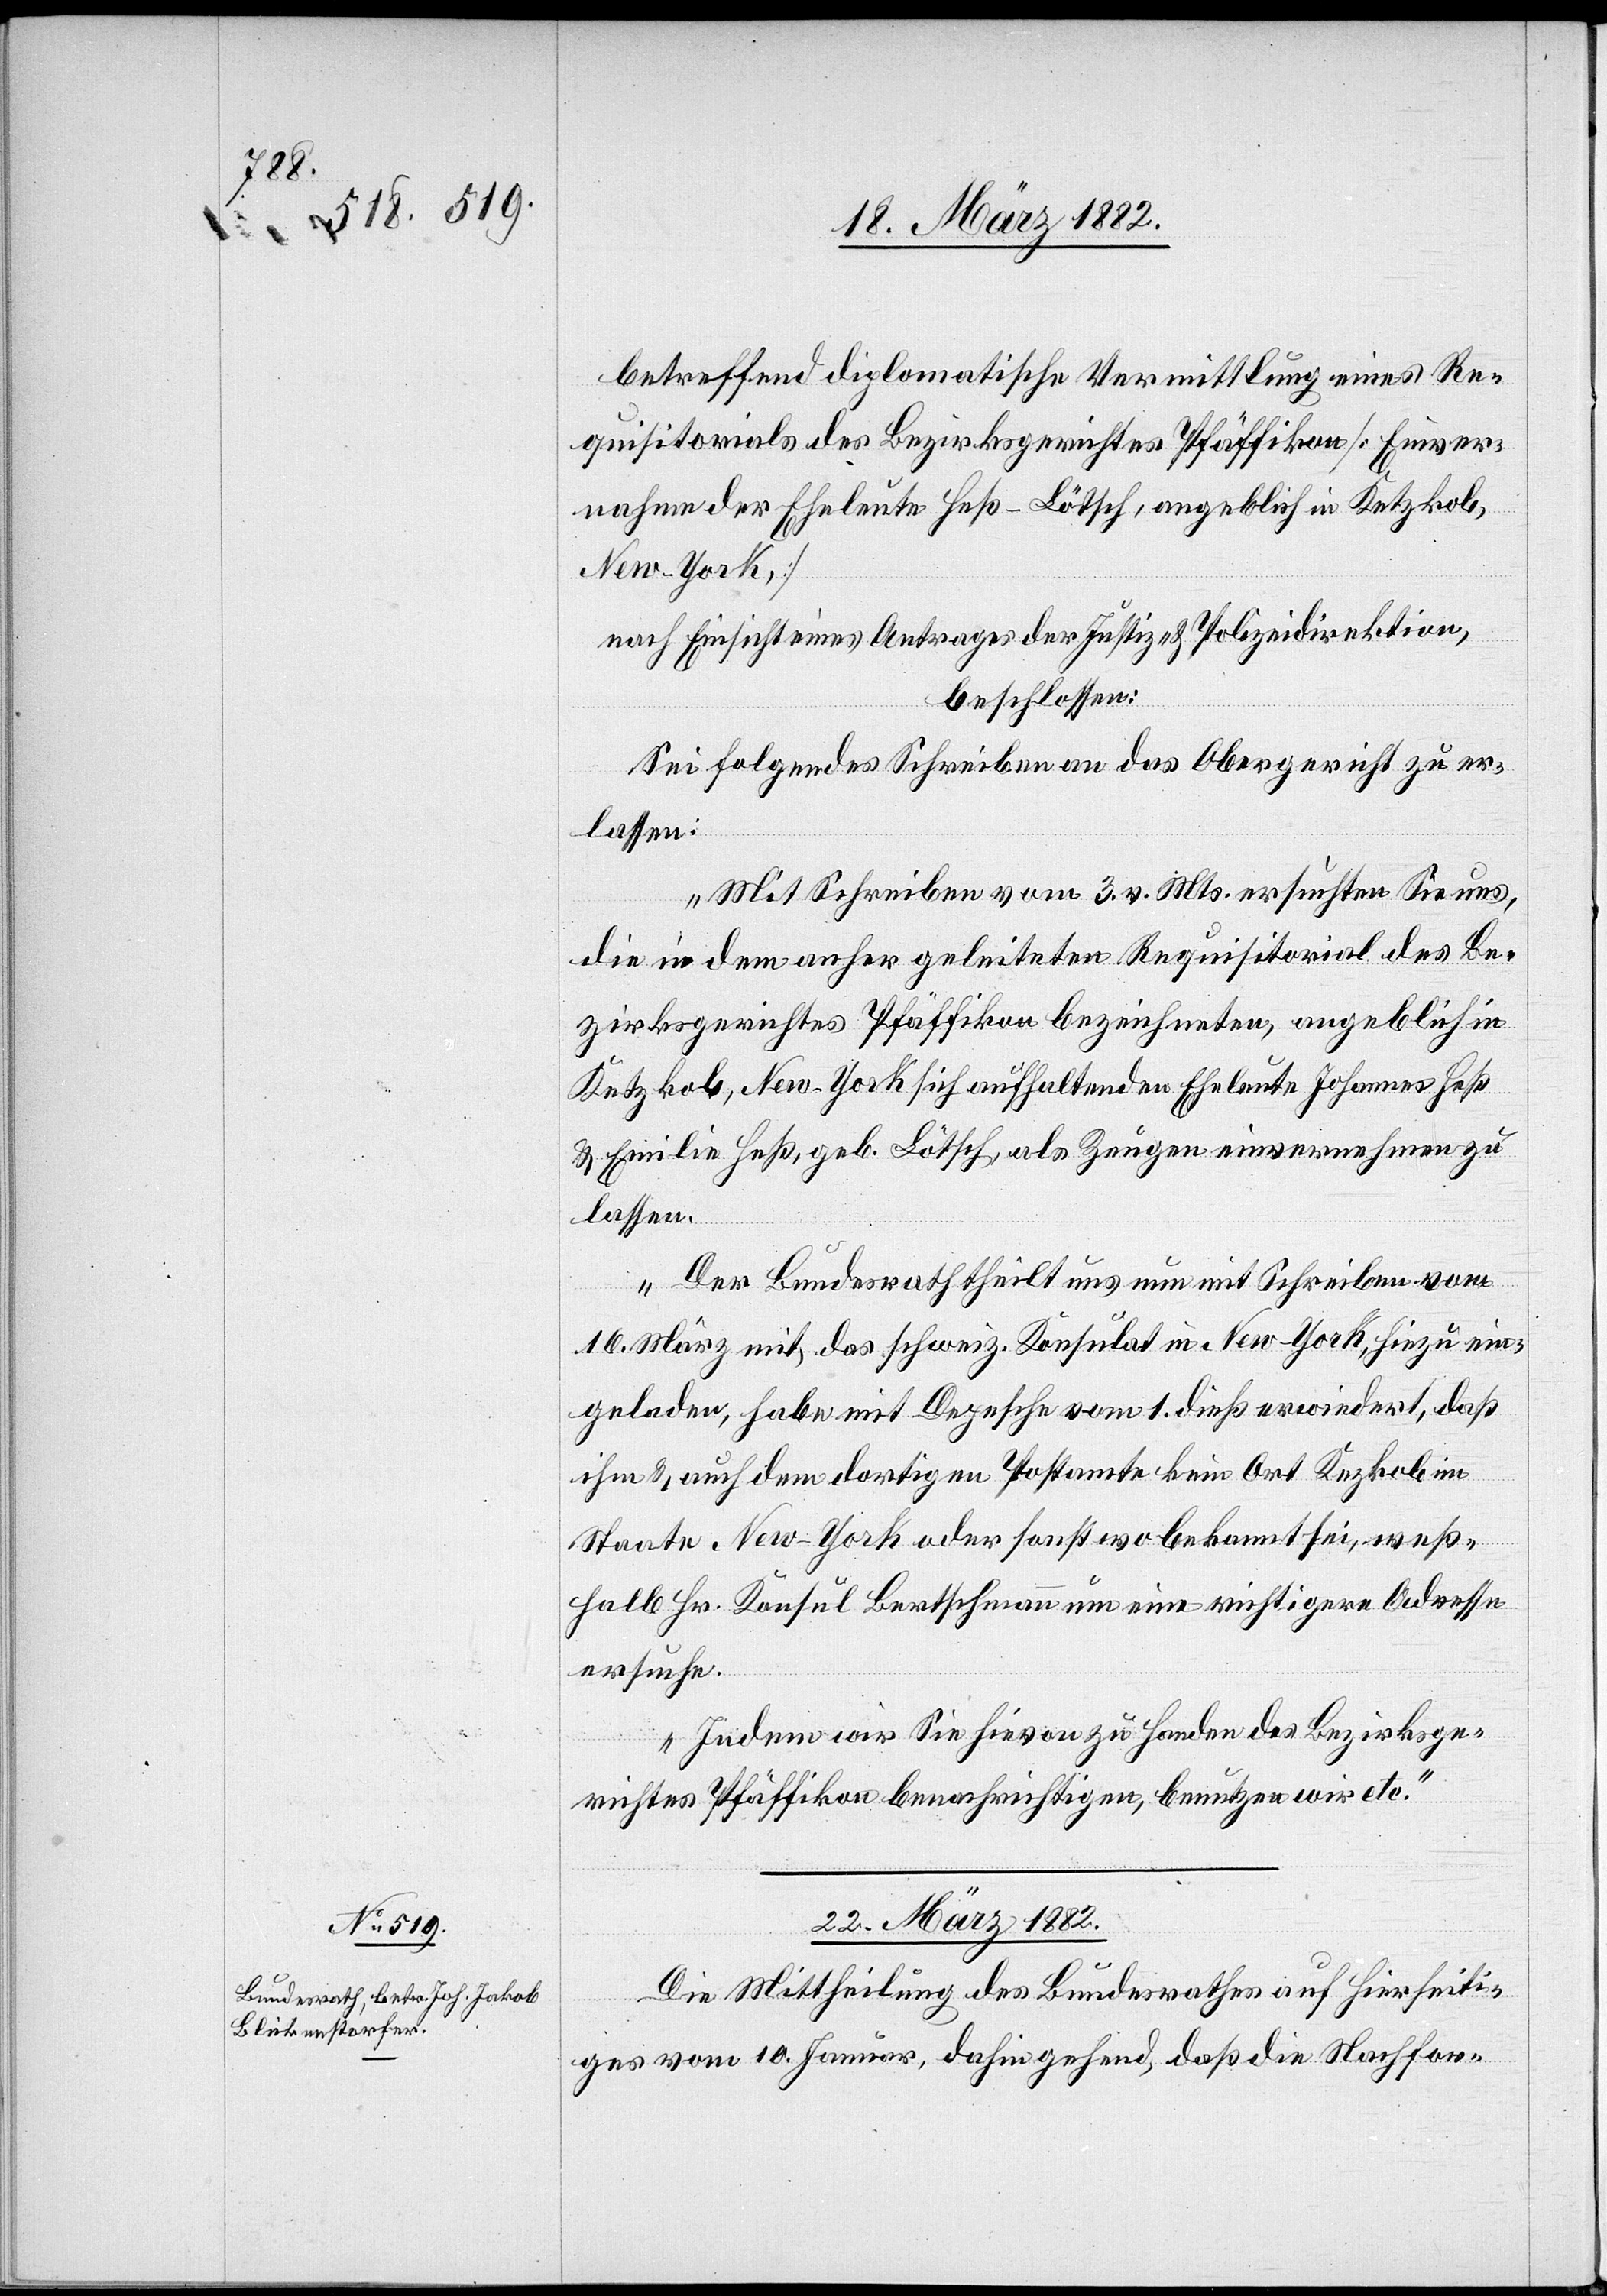
betreffend diplomatische Vermittlung eines Re¬
quisitorials des Bezirksgerichtes Pfäffikon [Einver¬
nahme der Eheleute Heß-Lötsch, angeblich in Ketzkob,
New-York,]
nach Einsicht eines Antrages der Justiz- & Polizeidirektion,
beschlossen:
Sei folgendes Schreiben an das Obergericht zu er¬
lassen:
„Mit Schreiben vom 3. v. Mts. ersuchten Sie uns,
die in dem anher geleiteten Requisitorial des Be¬
zirksgerichtes Pfäffikon bezeichneten, angeblich in
Ketzkob, New-York sich aufhaltenden Eheleute Johannes Heß
& Emilie Heß, geb. Lötsch, als Zeugen einvernehmen zu
lassen.
Der Bundesrath theilt uns nun mit Schreiben vom
16. März mit, das schweiz. Konsulat in New-York, hiezu ein¬
geladen, habe mit Depesche vom 1. dieß erwiedert, daß
ihm & auch dem dortigen Postamte kein Ort Ketzkob im
Staate New-York oder sonstwo bekannt sei, weß¬
halb Hr. Konsul Bertschmann um eine richtigere Adresse
ersuche.
Indem wir Sie hievon zu Handen des Bezirksge¬
richtes Pfäffikon benachrichtigen, benutzen wir etc.“
22. März 1882.
Die Mittheilung des Bundesrathes auf hierseiti¬
ges vom 10. Januar, dahingehend, daß die Nachfor-